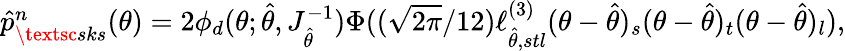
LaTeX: \begin{array}{r}{\hat{p}_{\textsc{sks}}^{n}(\theta)=2\phi_{d}(\theta;\hat{\theta},J_{\hat{\theta}}^{-1})\Phi((\sqrt{2\pi}/12)\ell_{\hat{\theta},stl}^{(3)}(\theta-\hat{\theta})_{s}(\theta-\hat{\theta})_{t}(\theta-\hat{\theta})_{l}),}\end{array}